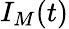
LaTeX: I_{M}(t)